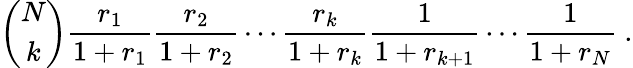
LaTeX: \left(\begin{array}{c}{{N}}\\ {{k}}\end{array}\right){\frac{r_{1}}{1+r_{1}}}{\frac{r_{2}}{1+r_{2}}}\cdots{\frac{r_{k}}{1+r_{k}}}{\frac{1}{1+r_{k+1}}}\cdots{\frac{1}{1+r_{N}}}\ .